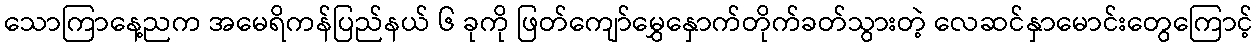
သောကြာနေ့ညက အမေရိကန်ပြည်နယ် ၆ ခုကို ဖြတ်ကျော်မွှေနှောက်တိုက်ခတ်သွားတဲ့ လေဆင်နှာမောင်းတွေကြောင့်